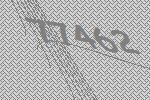
77462